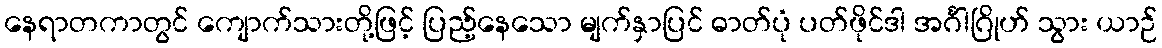
နေရာတကာတွင် ကျောက်သားတို့ဖြင့် ပြည့်နေသော မျက်နှာပြင် ဓာတ်ပုံ ပတ်ဖိုင်ဒါ အင်္ဂါဂြိုဟ် သွား ယာဉ်